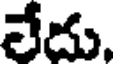
లేదు.